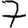
Digit: 7